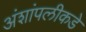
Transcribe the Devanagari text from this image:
अंशांपलीकडे